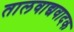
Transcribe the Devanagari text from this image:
तालवाद्यवादक